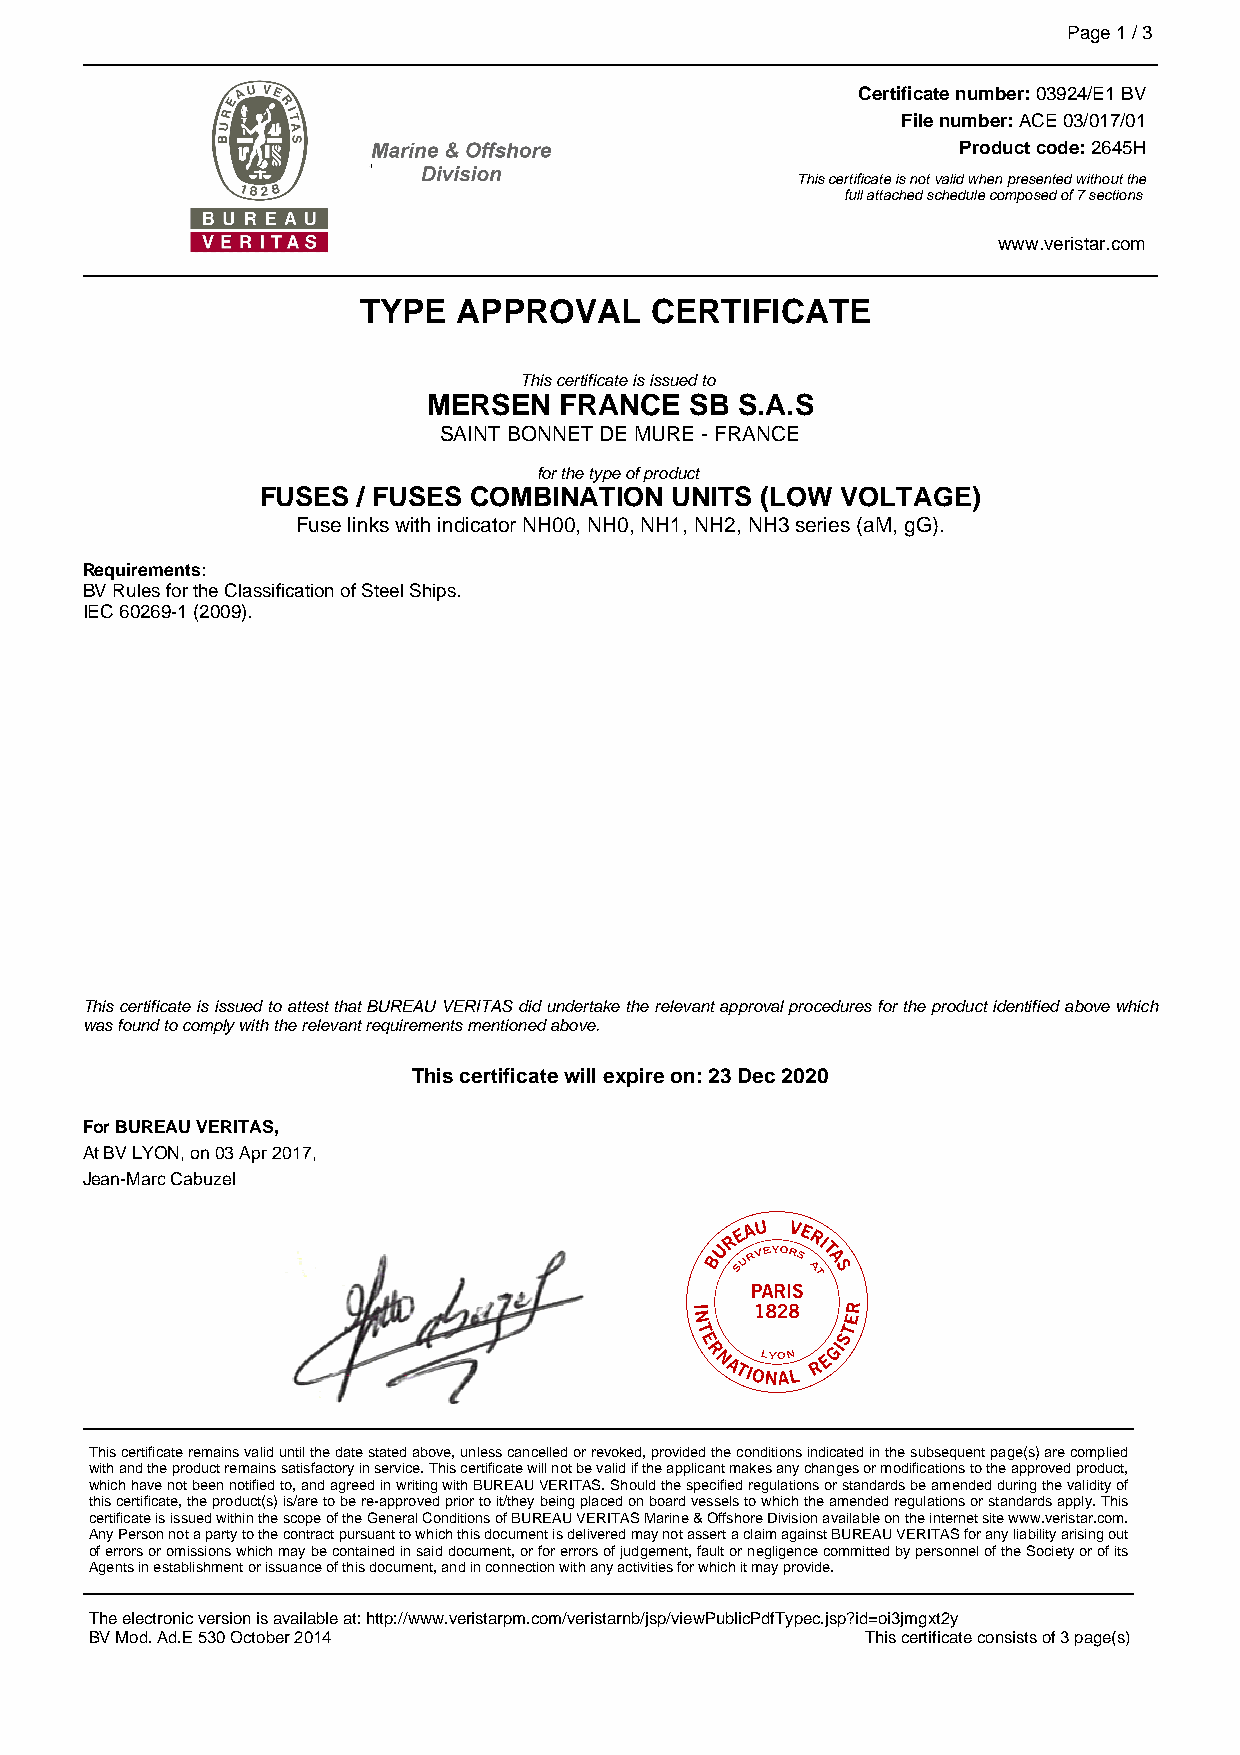
Page1/3
 Certificatenumber:03924/E1BV
 Filenumber:ACE03/017/01
 Productcode:2645H
 Thiscertificateisnotvalidwhenpresentedwithoutthe
 fullattachedschedulecomposedof7sections
 www.veristar.com
 TYPE  APPROVAL     CERTIFICATE
 Thiscertificateisissuedto
 MERSEN   FRANCE   SB S.A.S
 SAINTBONNETDEMURE-FRANCE
 forthetypeofproduct
 FUSES  / FUSES COMBINATION UNITS (LOW  VOLTAGE)
 FuselinkswithindicatorNH00,NH0,NH1,NH2,NH3series(aM,gG).
 Requirements:
 BVRulesfortheClassificationofSteelShips.
 IEC60269-1(2009).
 ThiscertificateisissuedtoattestthatBUREAUVERITASdidundertaketherelevantapprovalproceduresfortheproductidentifiedabovewhich
 wasfoundtocomplywiththerelevantrequirementsmentionedabove.
 Thiscertificatewillexpireon:23Dec2020
 ForBUREAUVERITAS,
 AtBVLYON,on03Apr2017,
 Jean-MarcCabuzel
 Thiscertificateremainsvaliduntilthedatestatedabove,unlesscancelledorrevoked,providedtheconditionsindicatedinthesubsequentpage(s)arecomplied
 withandtheproductremainssatisfactoryinservice.Thiscertificatewillnotbevalidiftheapplicantmakesanychangesormodificationstotheapprovedproduct,
 whichhavenotbeennotifiedto,andagreedinwritingwithBUREAUVERITAS.Shouldthespecifiedregulationsorstandardsbeamendedduringthevalidityof
 thiscertificate,theproduct(s)is/aretobere-approvedpriortoit/theybeingplacedonboardvesselstowhichtheamendedregulationsorstandardsapply.This
 certificateisissuedwithinthescopeoftheGeneralConditionsofBUREAUVERITASMarine&OffshoreDivisionavailableontheinternetsitewww.veristar.com.
 AnyPersonnotapartytothecontractpursuanttowhichthisdocumentisdeliveredmaynotassertaclaimagainstBUREAUVERITASforanyliabilityarisingout
 oferrorsoromissionswhichmaybecontainedinsaiddocument,orforerrorsofjudgement,faultornegligencecommittedbypersonneloftheSocietyorofits
 Agentsinestablishmentorissuanceofthisdocument,andinconnectionwithanyactivitiesforwhichitmayprovide.
 Theelectronicversionisavailableat:http://www.veristarpm.com/veristarnb/jsp/viewPublicPdfTypec.jsp?id=oi3jmgxt2y
 BVMod.Ad.E530October2014                           Thiscertificateconsistsof3page(s)